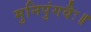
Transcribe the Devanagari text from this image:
मुनिपुंगवैः॥